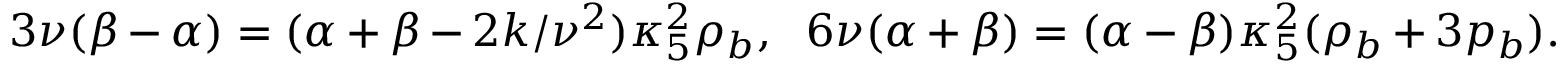
3 \nu ( \beta - \alpha ) = ( \alpha + \beta - 2 k / \nu ^ { 2 } ) \kappa _ { 5 } ^ { 2 } \rho _ { b } , ~ ~ 6 \nu ( \alpha + \beta ) = ( \alpha - \beta ) \kappa _ { 5 } ^ { 2 } ( \rho _ { b } + 3 p _ { b } ) .